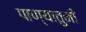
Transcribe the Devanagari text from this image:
पाण्यातुनी